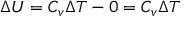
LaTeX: \Delta U = C _ { v } \Delta T - 0 = C _ { v } \Delta T